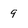
Character: 9